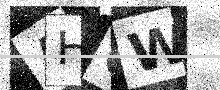
Text: AH0W